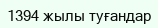
1394 жылы туғандар